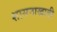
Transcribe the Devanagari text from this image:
शासनाखाली